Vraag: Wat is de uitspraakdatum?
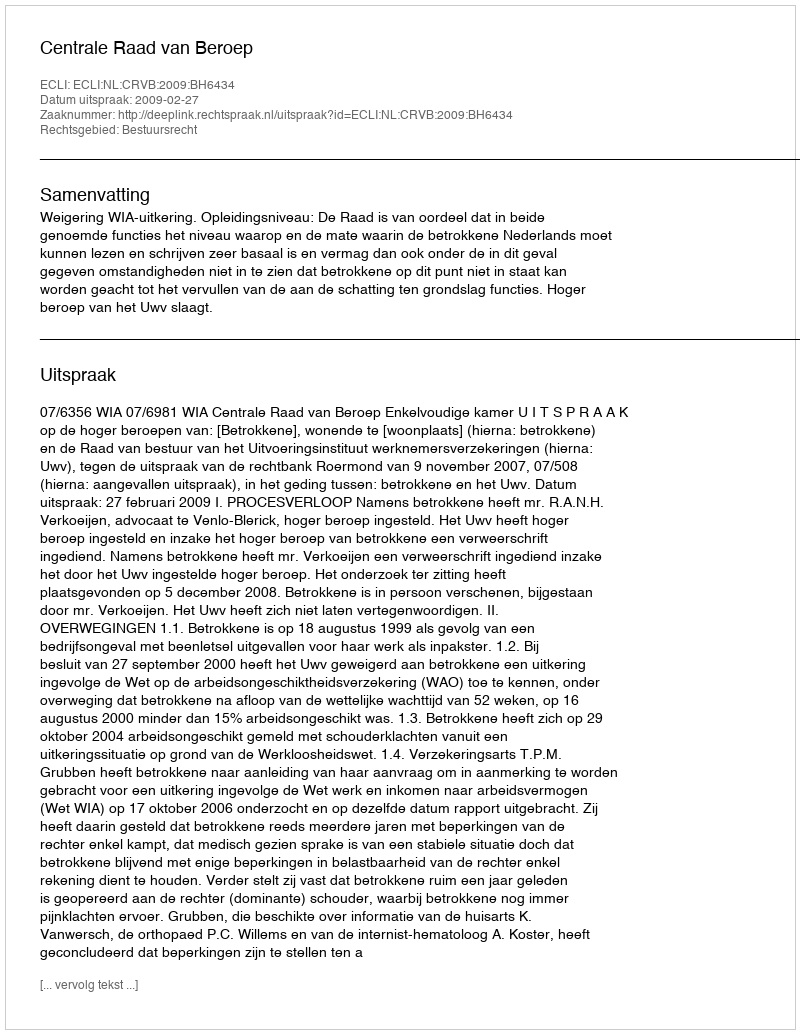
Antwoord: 2009-02-27